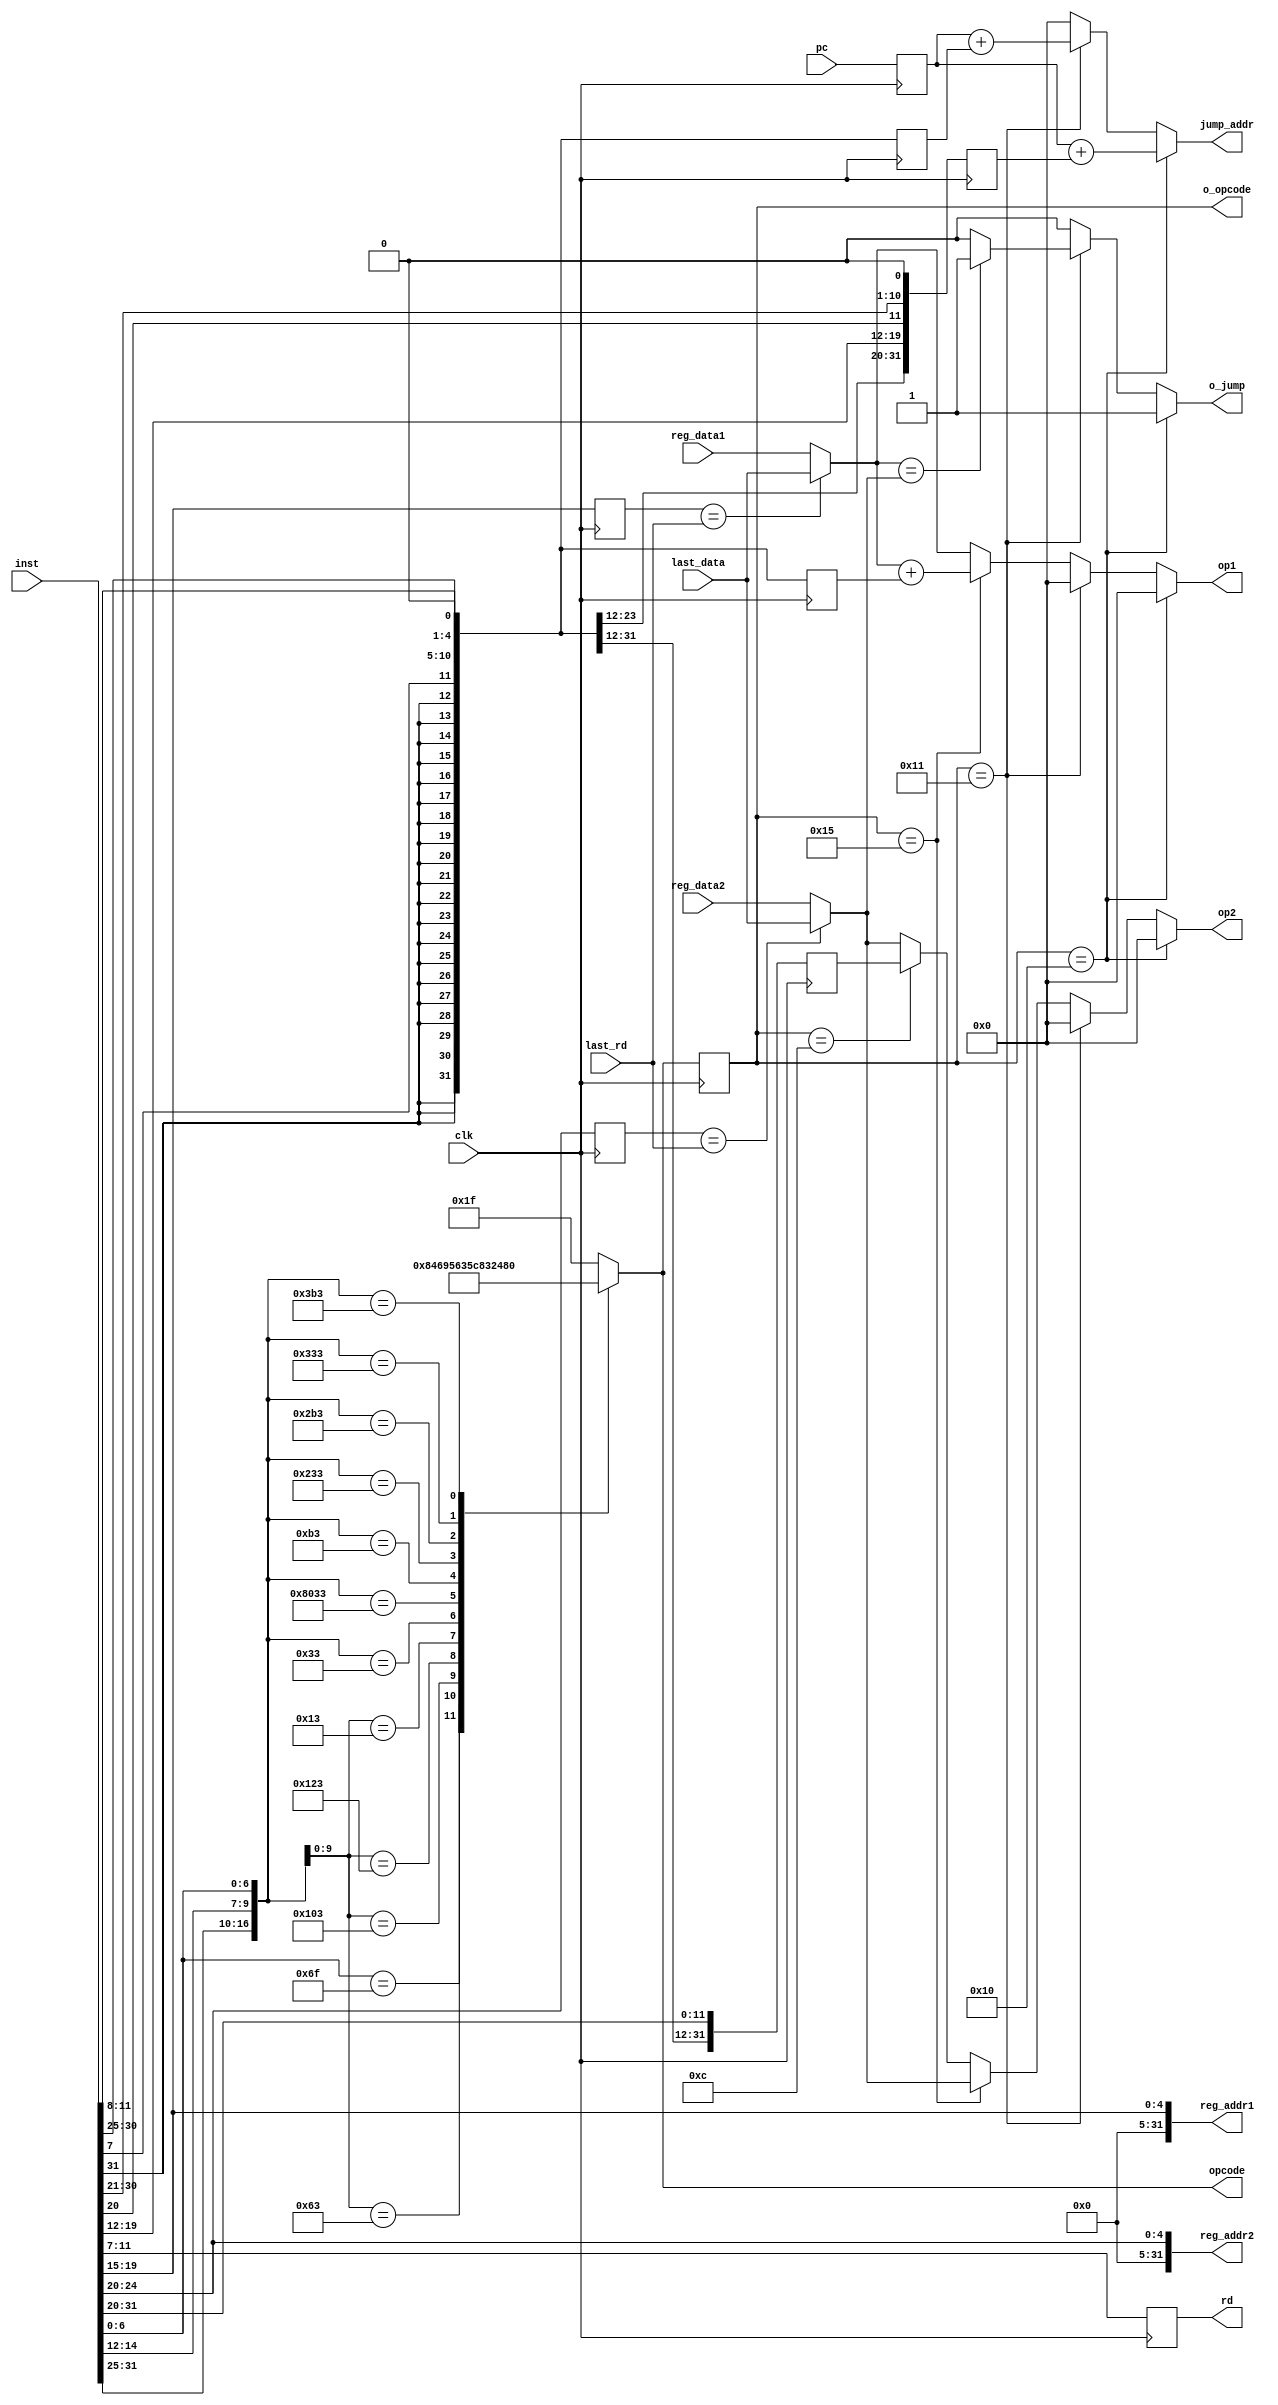
module id (
           input wire clk,

           input wire[31:0] pc,
           input wire[31:0] inst,

           output reg[4:0] opcode,  // for micro inst
           output wire[31:0] reg_addr1, // for reg
           output wire[31:0] reg_addr2, // for reg

           input wire[31:0] reg_data1,
           input wire[31:0] reg_data2,

           input wire[31:0] last_data,
           input wire[4:0] last_rd,


           output reg o_jump,
           output reg[4:0] rd,
           output reg[31:0] jump_addr,
           output reg[31:0] op1,
           output reg[31:0] op2,
           output reg[4:0] o_opcode
       );

assign reg_addr1 = inst[19:15];
assign reg_addr2 = inst[24:20];

always @(*) begin

    casex(inst)
        32'bxxxxxxxxxxxxxxxxxxxxxxxxx1101111: opcode <= 5'b10000;  // jal   J
        32'bxxxxxxxxxxxxxxxxx000xxxxx1100011: opcode <= 5'b10001;  // beq    B
        // 32'bxxxxxxxxxxxxxxxxx100xxxxx1100011: opcode <= 5'b10010;  // blt
        32'bxxxxxxxxxxxxxxxxx010xxxxx0000011: opcode <= 5'b10100;  // lw     I
        32'bxxxxxxxxxxxxxxxxx010xxxxx0100011: opcode <= 5'b10101;  // sw     S
        32'bxxxxxxxxxxxxxxxxx000xxxxx0010011: opcode <= 5'b01100;  // addi   I
        32'b0000000xxxxxxxxxx000xxxxx0110011: opcode <= 5'b01101;  // add
        32'b0100000xxxxxxxxxx000xxxxx0110011: opcode <= 5'b01110;  // sub
        32'b0000000xxxxxxxxxx001xxxxx0110011: opcode <= 5'b01000;  // sll
        32'b0000000xxxxxxxxxx100xxxxx0110011: opcode <= 5'b00110;  // xor
        32'b0000000xxxxxxxxxx101xxxxx0110011: opcode <= 5'b01001;  // srl
        32'b0000000xxxxxxxxxx110xxxxx0110011: opcode <= 5'b00101;  // or
        32'b0000000xxxxxxxxxx111xxxxx0110011: opcode <= 5'b00100;  // and
        default:  opcode <= 5'b11111;  // not legal
    endcase

end


// -------------------------- before tick -----------------------------
reg[31:0] tmp_pc;
reg[4:0] tmp_reg1;
reg[4:0] tmp_reg2;
reg[31:0] imm_I;
reg[31:0] imm_B;
reg[31:0] imm_S;
reg[31:0] imm_J;



always @(posedge clk) begin
    tmp_pc   <= pc;
    tmp_reg1 <= reg_addr1;
    tmp_reg2 <= reg_addr2;
    imm_I <= {{21{inst[31:31]}}, inst[30:20]};
    imm_B <= {{20{inst[31:31]}}, inst[ 7: 7], inst[30:25], inst[11:8], 1'b0};
    imm_S <= {{20{inst[31:31]}}, inst[ 7: 7], inst[30:25], inst[11:8], 1'b0};
    imm_J <= {{12{inst[31:31]}}, inst[19:12], inst[20:20], inst[30:25], inst[24:21], 1'b0};
    // output
    o_opcode <= opcode;
    rd       <= inst[11:7];
end

// ------------------- after tick ----------------------

reg[31:0] r1;
reg[31:0] r2;
//assign r1 = tmp_reg1==last_rd? last_data: reg_data1;
//assign r2 = tmp_reg2==last_rd? last_data: reg_data2;
always @(*) begin
    if(tmp_reg1==last_rd) begin
        r1 <= last_data;
    end
    else
        r1 <= reg_data1;
    if(tmp_reg2==last_rd) begin
        r2 <= last_data;
    end
    else
        r2 <= reg_data2;
end

always @(*) begin


    // jump op1 op2
    if (o_opcode == 5'b10000) begin      // J jal
        o_jump    <= 1;
        jump_addr <= tmp_pc + imm_J;
        op1       <= 0;
        op2       <= 0;
    end
    else if (o_opcode == 5'b10001) begin //  B beq
        if (r1==r2)
            o_jump    <= 1;
        else
            o_jump    <= 0;
        jump_addr <= tmp_pc + imm_B;
        op1       <= 0;
        op2       <= 0;
        $display("tmp_pc:%h, imm_B:%d",tmp_pc,imm_B);
    end
    else if (o_opcode == 5'b10101) begin // S sw
        o_jump    <= 0;
        jump_addr <= 0;
        op1       <= r1+imm_S;
        op2       <= r2;       // op2 -> M[op1]

    end
    else if (o_opcode == 5'b10101) begin // I lw
        o_jump    <= 0;
        jump_addr <= 0;
        op1       <= r1+imm_I;     // M[op1] -> x rd
        op2       <= 0;
    end
    else if (o_opcode==5'b01100 ) begin // I: addi
        o_jump    <= 0;
        jump_addr <= 0;
        op1       <= r1;
        op2       <= imm_I;
    end
    else begin // R
        o_jump    <= 0;
        jump_addr <= 0;
        op1       <= r1;
        op2       <= r2;
    end
end


endmodule